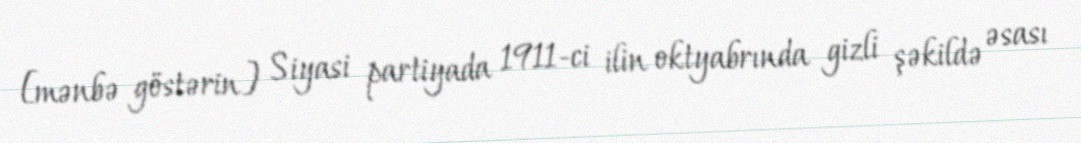
[mənbə göstərin] Siyasi partiyada 1911-ci ilin oktyabrında gizli şəkildə əsası